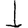
Digit: 1